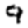
Digit: 9